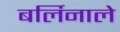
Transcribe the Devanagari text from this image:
बर्लिनाले